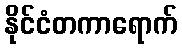
နိုင်ငံတကာရောက်